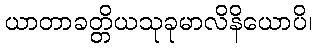
ယာတာခတ္တိယသုခုမာလိနိယောပိ၊